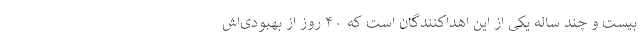
بیست و چند ساله یکی از این اهداکنندگان است که ۴۰ روز از بهبودی‌اش